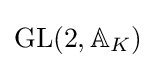
\operatorname {GL} (2,\mathbb {A} _{K})